Scottish Leaving Certificate Examination, 1951
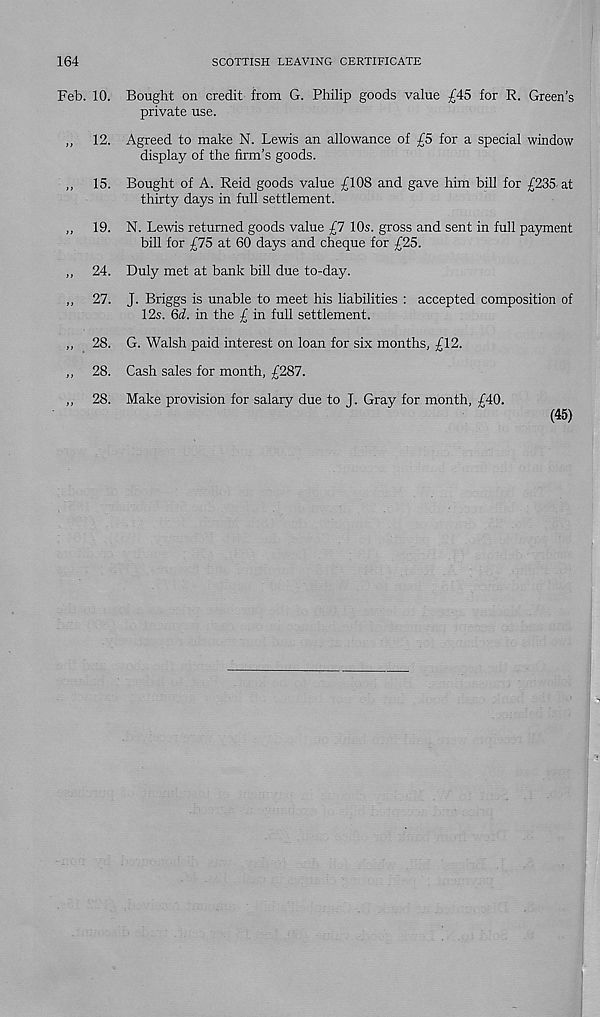
SCOTTISH LEAVING CERTIFICATE
164
Feb. 10.
„ 12.
„ 15.
„ 19.
„ 24.
„ 27.
„ 28.
„ 28.
„ 28.
Bought on credit from G. Philip goods value £45 for R. Green’s
private use.
Agreed to make N. Lewis an allowance of £5 for a special window
display of the firm’s goods.
Bought of A. Reid goods value £108 and gave him bill for £235 at
thirty days in full settlement.
N. Lewis returned goods value £7 10s. gross and sent in full payment
bill for £75 at 60 days and cheque for £25.
Duly met at bank bill due to-day.
J. Briggs is unable to meet his liabilities : accepted composition of
12s. 6d. in the £ in full settlement.
G. Walsh paid interest on loan for six months, £12.
Cash sales for month, £287.
Make provision for salary due to J. Gray for month, £40.
(45)